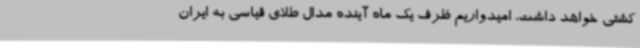
کشتی خواهد داشت، امیدواریم ظرف یک ماه آینده مدال طلای قیاسی به ایران